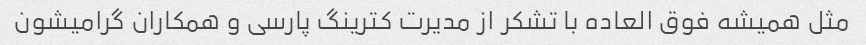
مثل همیشه فوق العاده با تشکر از مدیرت کترینگ پارسی و همکاران گرامیشون